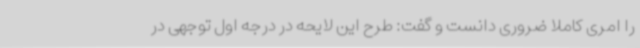
را امری کاملا ضروری دانست و گفت: طرح این لایحه در درجه اول توجهی در